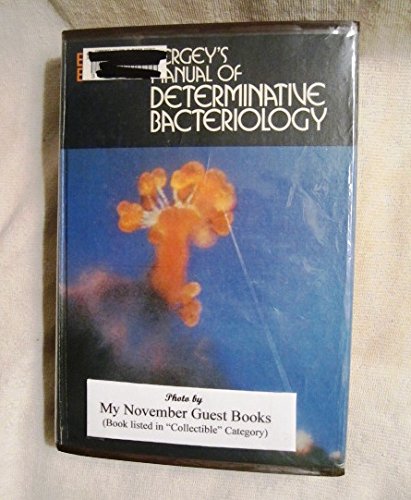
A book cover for Bergey's Manual of Determinative Bacteriology. Eighth Edition; Medical Books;